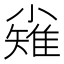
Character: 𪨅